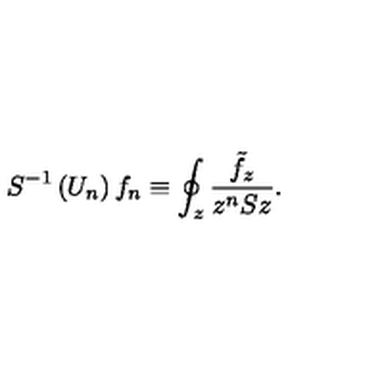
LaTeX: S ^ { - 1 } \left( U _ { n } \right) f _ { n } \equiv \oint _ { z } \frac { \tilde { f } _ { z } } { z ^ { n } S z } .